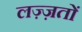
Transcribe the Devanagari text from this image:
लज़्ज़तों